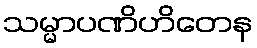
သမ္မာပဏိဟိတေန